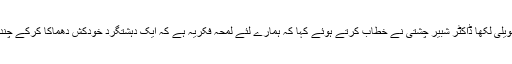
ایم ایس ٹی ایچ کیو حویلی لکھا ڈاکٹر شبیر چشتی نے خطاب کرتے ہوئے کہا کہ ہمارے لئے لمحہ فکریہ ہے کہ ایک دہشتگرد خودکش دھماکا کرکے چندافرادکوقتل کرتا ہے۔